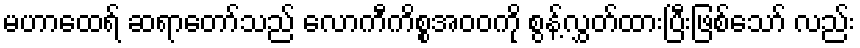
မဟာထေရ် ဆရာတော်သည် လောကီကိစ္စအဝဝကို စွန့်လွှတ်ထားပြီးဖြစ်သော် လည်း